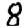
Digit: 8